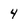
Character: 4